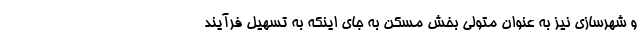
و شهرسازی نیز به عنوان متولی بخش مسکن به جای اینکه به تسهیل فرآیند